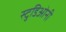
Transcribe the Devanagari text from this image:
स्टुडिओनी